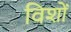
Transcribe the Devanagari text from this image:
विशों